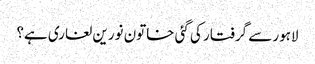
لاہور سے گرفتار کی گئی خاتون نورین لغاری ہے؟